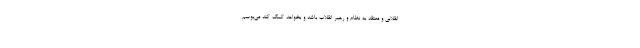
انقلابی و معتقد به نظام و رهبر انقلاب باشد و بخواهد کمک کند می‌بوسم